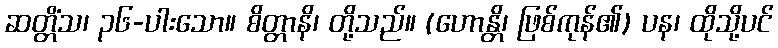
ဆတ္တိံသ၊ ၃၆-ပါးသော။ စိတ္တာနိ၊ တို့သည်။ (ဟောန္တိ၊ ဖြစ်ကုန်၏) ပန၊ ထိုသို့ပင်